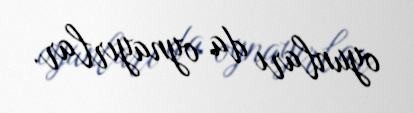
oyunları da oynayırlar.